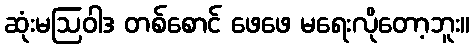
ဆုံးမဩဝါဒ တစ်စောင် ဖေဖေ မရေးလိုတော့ဘူး။